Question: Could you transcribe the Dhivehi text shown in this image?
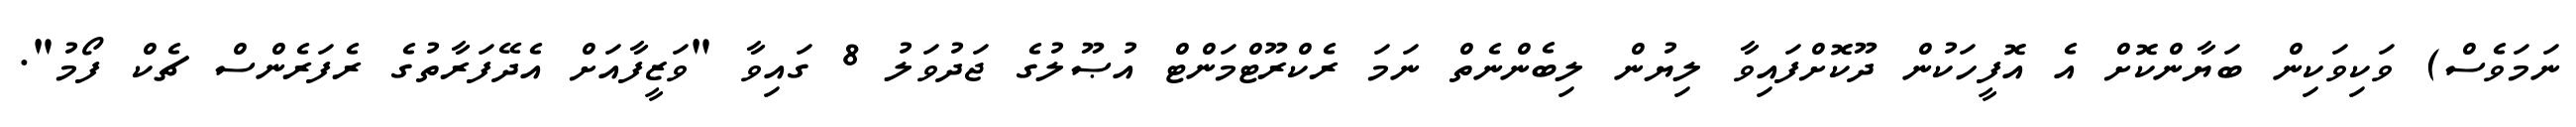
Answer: ނަމަވެސް) ވަކިވަކިން ބަޔާންކޮށް އެ އޮފީހަކުން ދޫކޮށްފައިވާ ލިޔުން ލިބެންނެތް ނަމަ ރެކްރޫޓްމަންޓް އުޞޫލުގެ ޖަދުވަލު 8 ގައިވާ "ވަޒީފާއަށް އެދޭފަރާތުގެ ރެފަރެންސް ޗެކް ފޯމު".